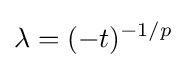
\lambda =(-t)^{-1/p}